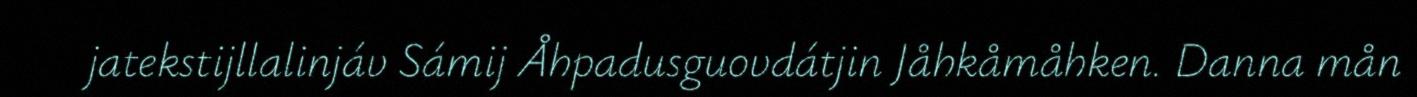
jatekstijllalinjáv Sámij Åhpadusguovdátjin Jåhkåmåhken. Danna mån